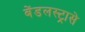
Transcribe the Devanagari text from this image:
बेंडलस्ट्रासे